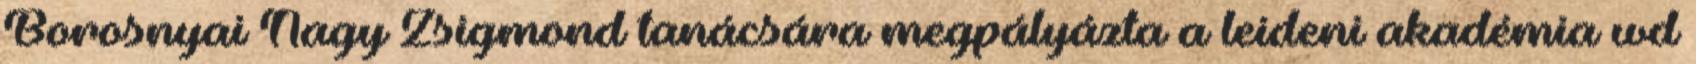
Borosnyai Nagy Zsigmond tanácsára megpályázta a leideni akadémia wd